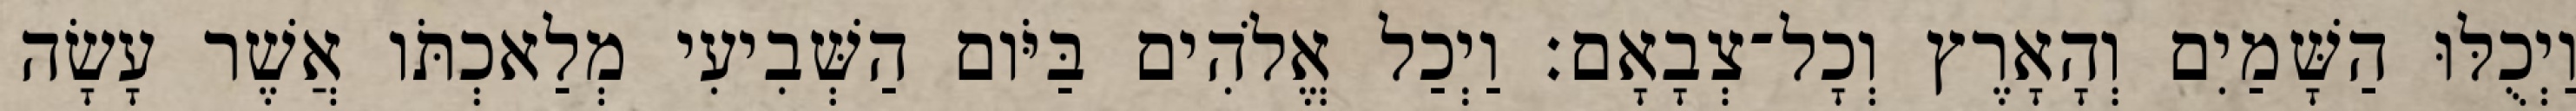
וַיְכֻלּוּ הַשָּׁמַיִם וְהָאָרֶץ וְכָל־צְבָאָם׃ וַיְכַל אֱלֹהִים בַּיֹּום הַשְּׁבִיעִי מְלַאכְתֹּו אֲשֶׁר עָשָׂה